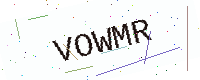
Text: VOWMR